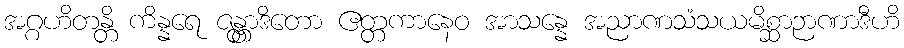
အဂ္ဂဟိတန္တိ ကိန္နရေ ဇန္တွာဒိတော ဧတ္တကာနေဝ အာသန္နေ အညာဏသံသယမိစ္ဆာဉာဏာဒီဟိ